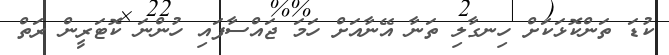
ކުޑަ ތަންކޮޅަކަށް ހިނގާލި ތަނާ އޭނާއަށް ހަމަ ޖައްސާފައި ހުންނަ ކޮޓަރީން ރަތް